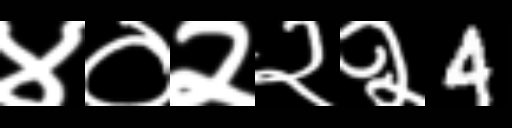
Text: ४०२२२4